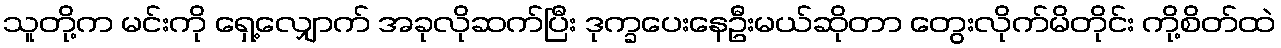
သူတို့က မင်းကို ရှေ့လျှောက် အခုလိုဆက်ပြီး ဒုက္ခပေးနေဦးမယ်ဆိုတာ တွေးလိုက်မိတိုင်း ကို့စိတ်ထဲ